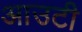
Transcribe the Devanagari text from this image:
आउटी